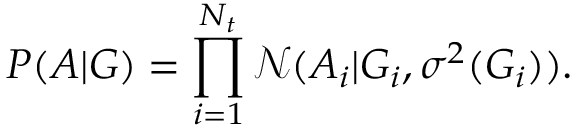
P ( A | G ) = \prod _ { i = 1 } ^ { N _ { t } } \mathcal { N } ( A _ { i } | G _ { i } , \sigma ^ { 2 } ( G _ { i } ) ) .